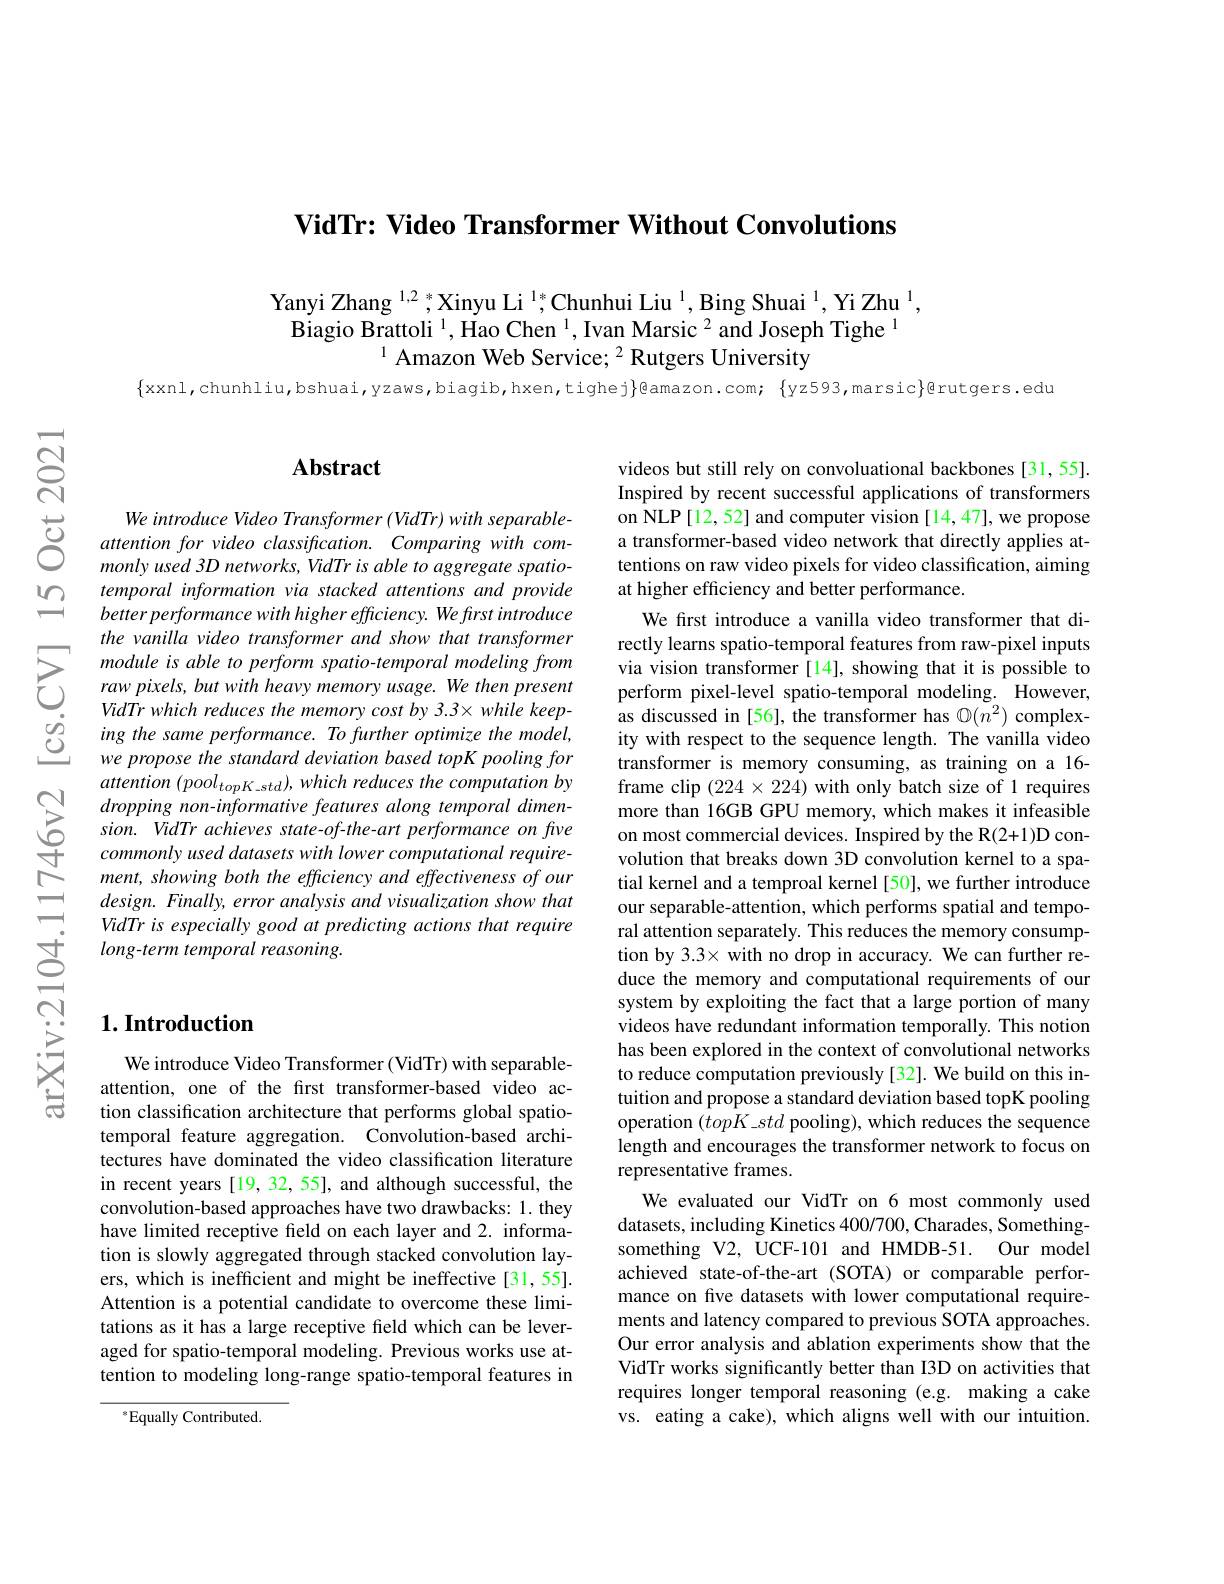
VidTr: Video Transformer Without Convolutions

Yanyi Zhang $^{1,2},^*$Xinyu Li $^{1}$,Chunhui Liu $^1$, Bing Shuai $^1$, Yi Zhu $^1$,
$\dot{\text{Biagio Brattoli }}^1,\dot{\text{Hao Chen }}^1,\dot{\text{Ivan Marsic}}^2$and Joseph Tighe$^1$
$^{1}$ Amazon Web Service; $^{2}$ Rutgers University

$\{$xxnl,chunhliu,bshuai,yzaws,biagib,hxen,tighej$\}$@amazon.com; $\{$yz593,marsic}@rutgers.edu

$নুর$

### $\mathbf{Abstract}$

$\begin{array}{ccc}&\text{We introduce Video Transformer (VidTr) with separable-}\\\text{它}&\text{attention for video classiffcation. Comparing with com-}\\\text{monly used 3D networks, VidTr is able to aggregate spatio-}\end{array}$
temporal information via stacked attentions and provide better performance with higher efficiency. We first introduce the vanilla video transformer and show that transformer module is able to perform spatio-temporal modeling from raw pixels, but with heavy memory usage. We then present VidTr which reduces the memory cost by 3.3\times while keeping the same performance. To further optimize the model, we propose the standard deviation based topK pooling for attention $(pool_{topK\_std}),which$ reduces the computation by dropping non-informative features along temporal dimension. VidTr achieves state-of-the-art performance on five commonly used datasets with lower computational requirement, showing both the efficiency and effectiveness of our design. Finally, error analysis and visualization show that VidTr is especially good at predicting actions that require long-term temporal reasoning.

videos but still rely on convoluational backbones [31,55] Inspired by recent successful applications of transformers on NLP[12,52] and computer vision [14,47], we propose a transformer-based video network that directly applies attentions on raw video pixels for video classification, aiming at higher efficiency and better performance.
We first introduce a vanilla video transformer that directly learns spatio-temporal features from raw-pixel inputs via vision transformer [14], showing that it is possible to perform pixel-level spatio-temporal modeling. However, as discussed in [56], the transformer has $\mathbb{O}(\bar{n^2})$ complexity with respect to the sequence length. The vanilla video transformer is memory consuming, as training on a 16- frame clip $(224\times224)$ with only batch size of 1 requires more than 16GB GPU memory, which makes it infeasible on most commercial devices. Inspired by the R(2+1)D convolution that breaks down 3D convolution kernel to a spatial kernel and a temproal kernel [50], we further introduce our separable-attention, which performs spatial and temporal attention separately. This reduces the memory consumption by 3.3× with no drop in accuracy. We can further reduce the memory and computational requirements of our system by exploiting the fact that a large portion of many videos have redundant information temporally. This notion has been explored in the context of convolutional networks to reduce computation previously [32]. We build on this intuition and propose a standard deviation based topK pooling operation $(topK\_std$ pooling), which reduces the sequence length and encourages the transformer network to focus on representative frames.
We evaluated our VidTr on 6 most commonly used datasets, including Kinetics 400/700, Charades, Somethingsomething V2, UCF-101 and HMDB-51. Our model achieved state-of-the-art (SOTA) or comparable performance on five datasets with lower computational requirements and latency compared to previous SOTA approaches. Our error analysis and ablation experiments show that the VidTr works significantly better than I3D on activities that requires longer temporal reasoning (e.g. making a cake vs. eating a cake), which aligns well with our intuition.

## $1. \textbf{Introduction}$

We introduce Video Transformer (VidTr) with separableattention, one of the frst transformer-based video action classification architecture that performs global spatiotemporal feature aggregation. Convolution-based architectures have dominated the video classification literature in recent years [19, 32, 55], and although successful, the convolution-based approaches have two drawbacks: 1. they have limited receptive field on each layer and 2. information is slowly aggregated through stacked convolution layers, which is inefficient and might be ineffective [31,55]. Attention is a potential candidate to overcome these limitations as it has a large receptive field which can be leveraged for spatio-temporal modeling. Previous works use attention to modeling long-range spatio-temporal features in

$^*$Equally Contributed.